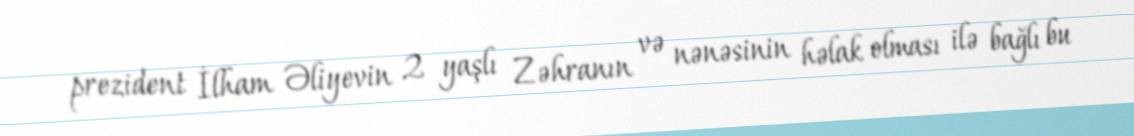
prezident İlham Əliyevin 2 yaşlı Zəhranın və nənəsinin həlak olması ilə bağlı bu